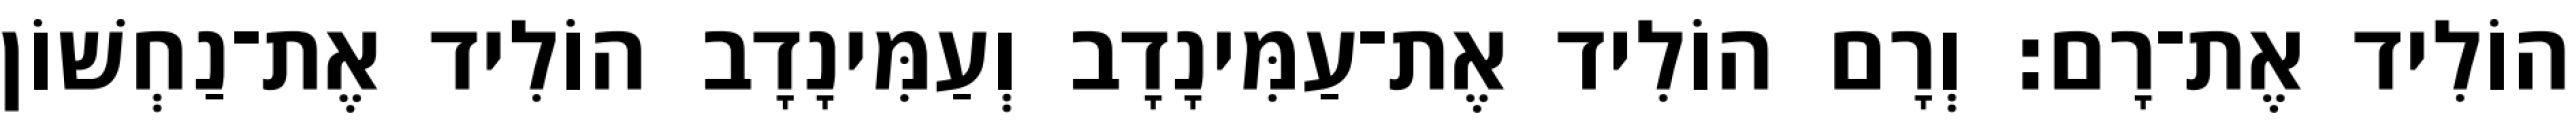
הוֹלִיד אֶת־רָם׃ וְרָם הוֹלִיד אֶת־עַמִּינָדָב וְעַמִּינָדָב הוֹלִיד אֶת־נַחְשׁוֹן